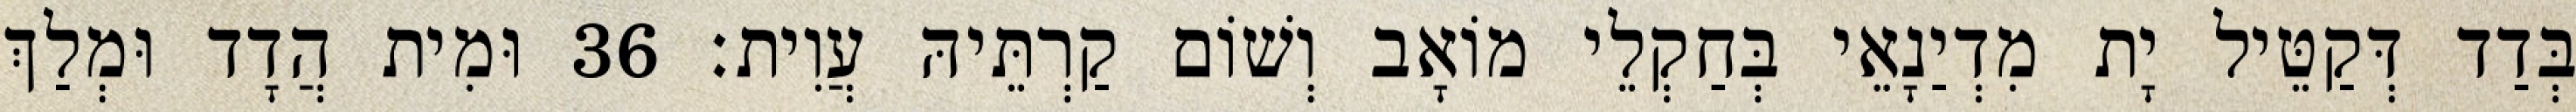
בְּדַד דְּקַטֵּיל יָת מִדְיַנָאֵי בְּחַקְלֵי מוֹאָב וְשׁוֹם קַרְתֵּיהּ עֲוִית׃ 36 וּמִית הֲדָד וּמְלַךְ